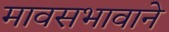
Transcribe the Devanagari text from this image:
मावसभावाने